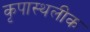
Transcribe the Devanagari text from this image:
कृपास्थलीक